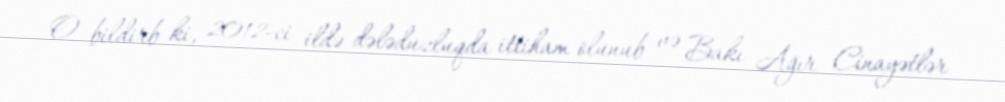
O bildirb ki, 2012-ci ildə dələduzluqda ittiham olunub və Bakı Ağır Cinayətlər